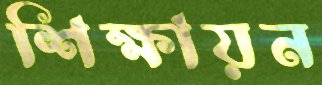
শিক্ষায়ন